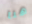
هنا